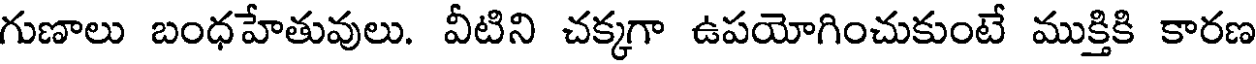
గుణాలు బంధహేతువులు. వీటిని చక్కగా ఉపయోగించుకుంటే ముక్తికి కారణ